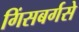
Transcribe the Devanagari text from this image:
गिंसबर्गसे